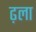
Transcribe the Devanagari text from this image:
ढ़ला